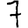
Digit: 7